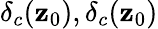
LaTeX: \delta_{c}(\mathbf{z}_{0}),\delta_{c}(\mathbf{z}_{0})